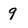
Character: 9